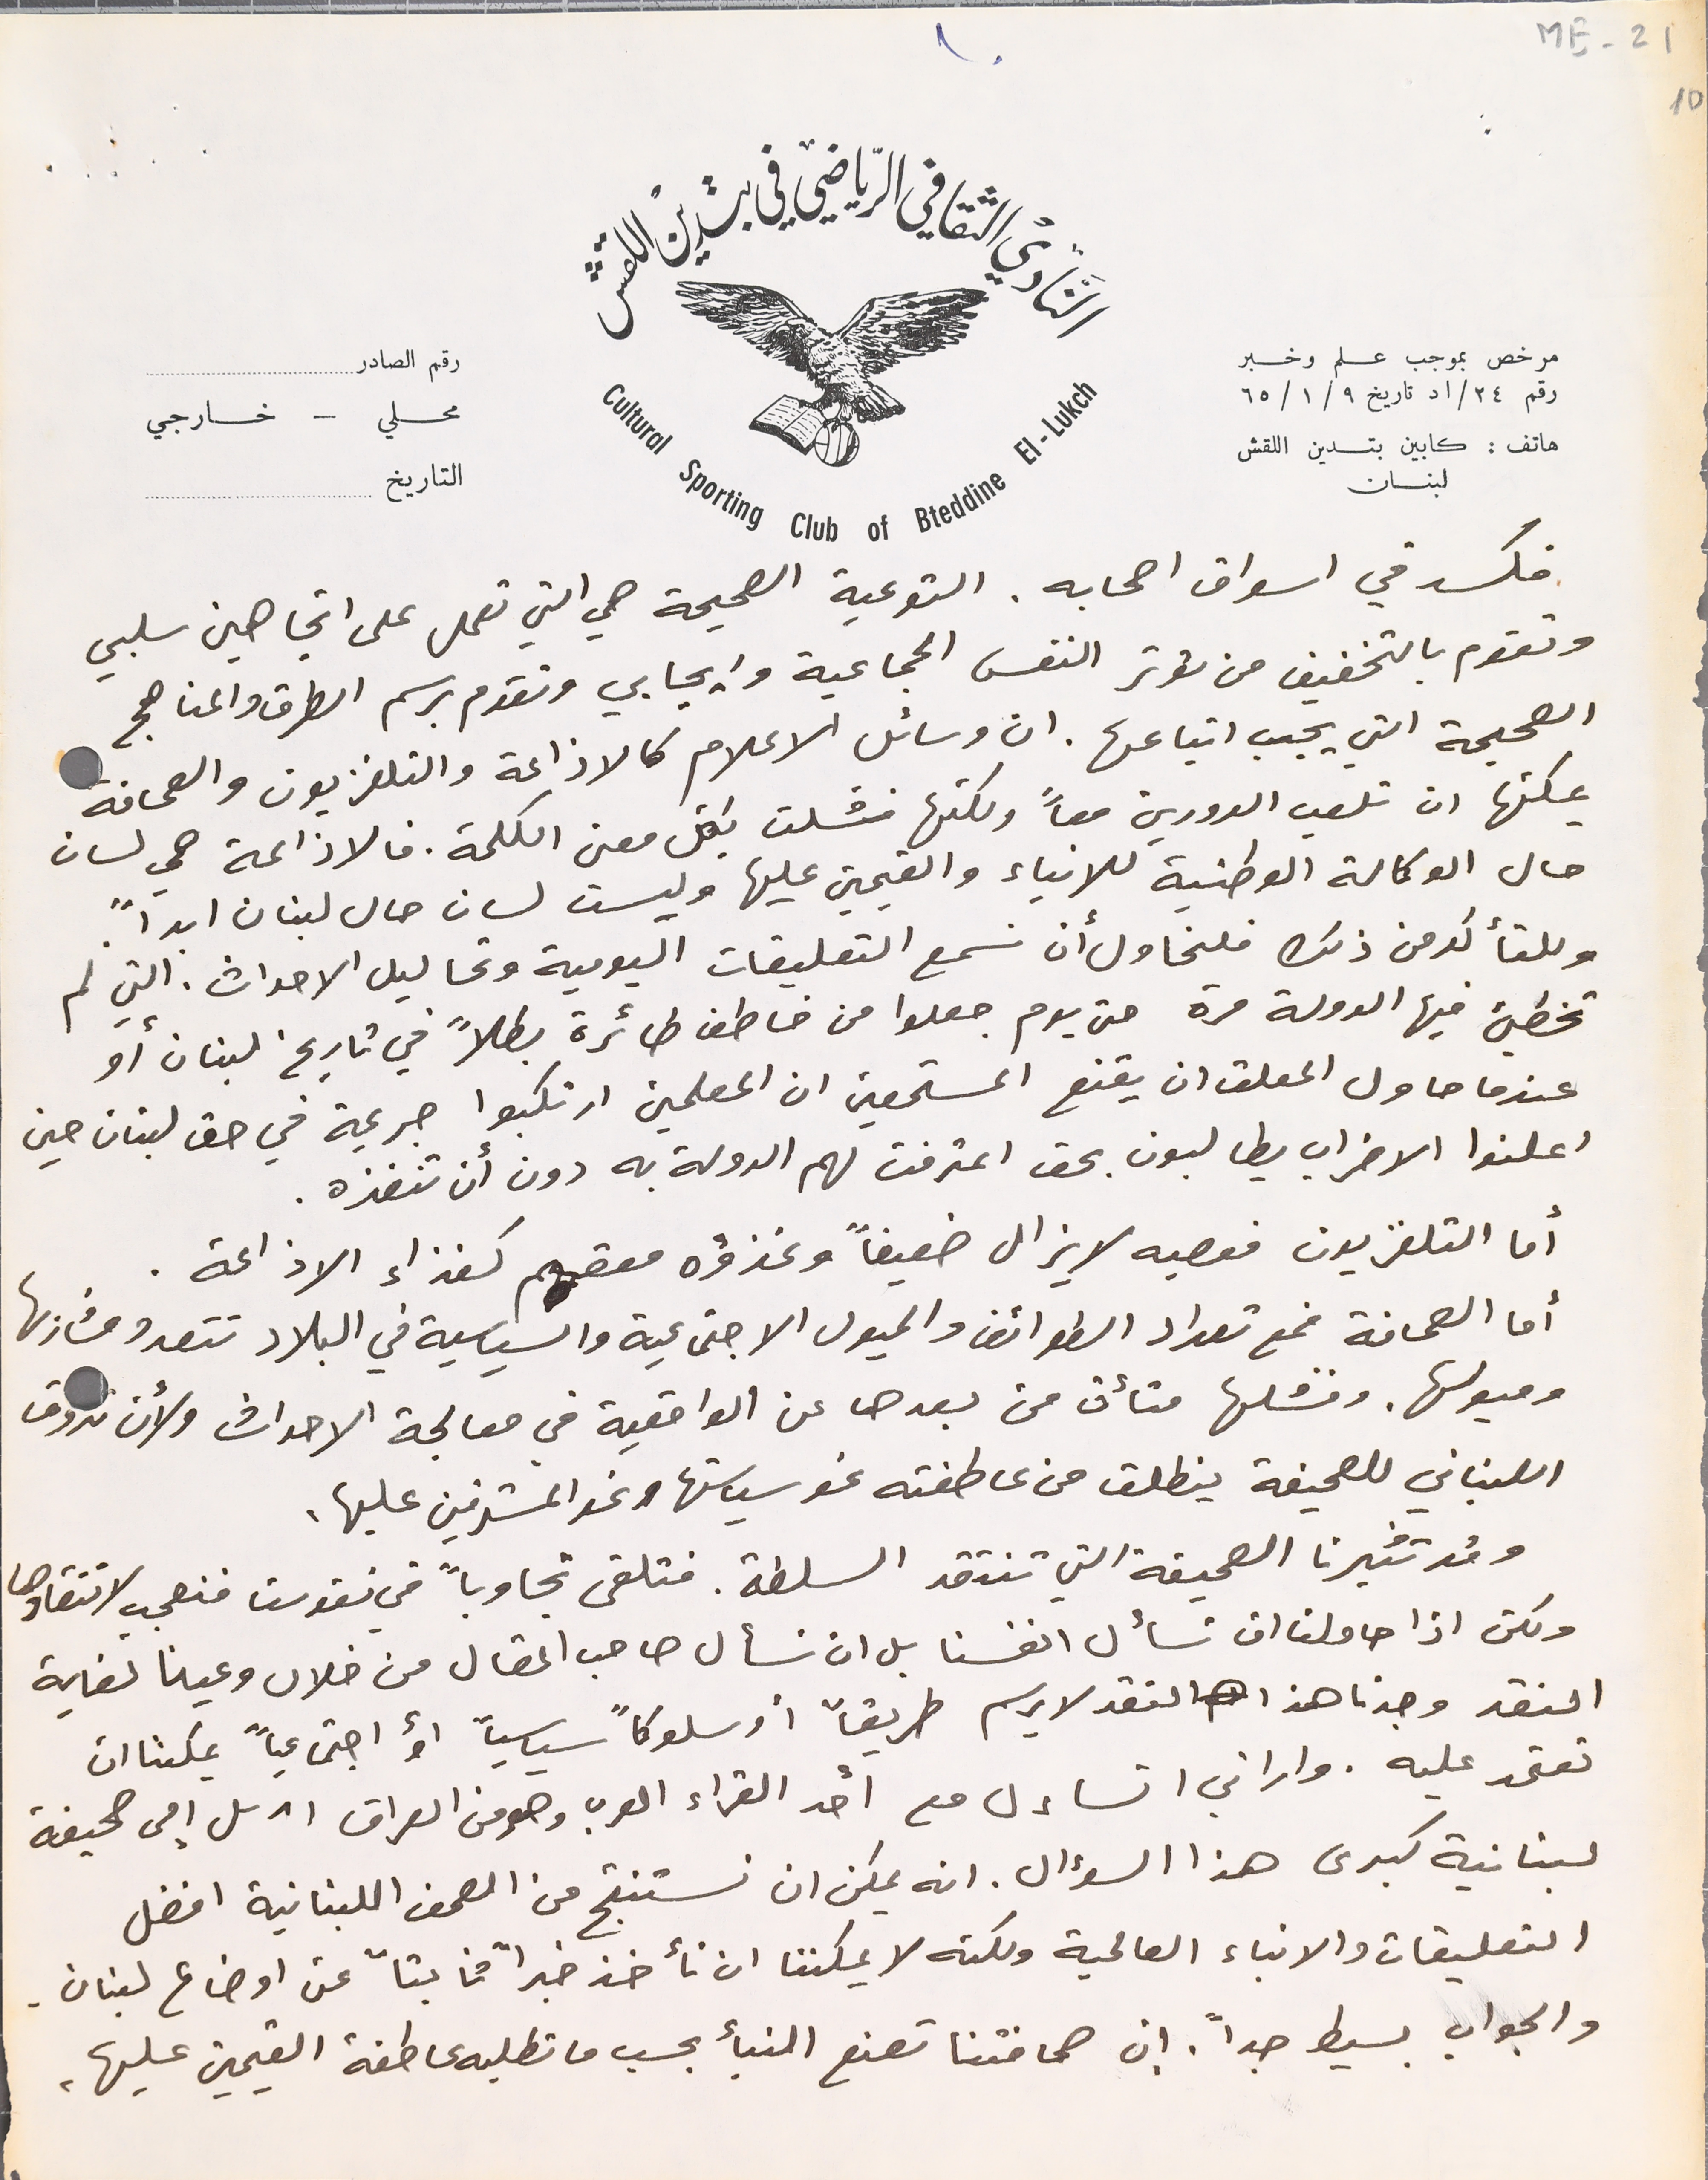
فكسد في اسواق اصحابه. التوعية الصحيحة هي التي تعمل على اتجاهين سلبي
 وتقوم بالتخفيف من توتر النفس الجماعية وايجابي وتقدم برسم الطرق والمناهج
الصحيحة التي يجب اتباعها. ان وسائل الاعلام كالاذاعة والتلفزيون والصحافة
يمكنها ان تلعب الدورين معاً ولكنها فشلت بكل معنى الكلمة. فالاذاعة هي لسان
 حال الوكالة الوطنية للانباء والقيمين عليها وليست لسان حال لبنان ابداً.
وللتألد من ذلك فلنحاول أن نسمع التعليقات اليومية وتحاليل الاحداث. التي لم
 تخطيئ فيها الدولة مرة حتى يوم جعلوا من خاطف طائرة بطلاً في تاريخ لبنان أو
عندما حاول المعلق ان يقنع المستمعين ان المعلمين ارتكبوا جريمة في حق لبنان حين
 اعلنوا الاضراب يطالبون بحق اعترفت لهم الدولة به دون أن تنفذه.
 أما التلفزيون فعصبه لا يزال ضعيفاً وغذؤه معقم كغذاء الاذاعة.
 أما الصحافة فمع تعداد الطوائف والميول الاجتماعية والسياسية في البلاد تتعدد مشاربها
وميولها. وفشلها متأت من بعدها عن الواقعية في معالجة الاحداث ولأن تذوق
اللبناني للصحيفة ينطلق من عاطفته نحو سياستها ونحو المشرفين عليها.
وقد تثيرنا الصحيفة التي تنتقد السلطة. فتلقى تجاوباً في نفوسنا فنعجب لانتقادها
ولكن اذا حاولنا ان نسأل انفسنا بل ان نسأل صاحب المقال من خلال وعينا لغاية
النقد وجدنا هذا النقد لا يرسم طريقاً أوسلوكاً سياسياً أو اجتماعياً يمكننا ان
تعتمد عليه. واراني اتساءل مع احد القراء العرب وهو من العراق ارسل إلى صحيفة
لبنانية كبرى هذا السؤال. انه يمكن ان نستنتج من الصحف اللبنانية افضل
ME-21 10
١٠
مرخص بموجب علم وخبر رقم ٢٤/اد تاريخ ٩ /١/ ٦٥
هاتف : كابين بتدين اللقش لبنان
رقم الصادر محلي - خارجي
التاريخ
التَادي الثقافي الرياضي في بتدين اللقش
التعليقات والانباء العالمية ولكنه لا يمكننا ان نأخذ خبراً ثابتاً عن اوضاع لبنان.
والجواب بسيط جداً. ان صحافتنا تصنع النبأ بحسب ما تطلبه عاطفة القيمين عليها.